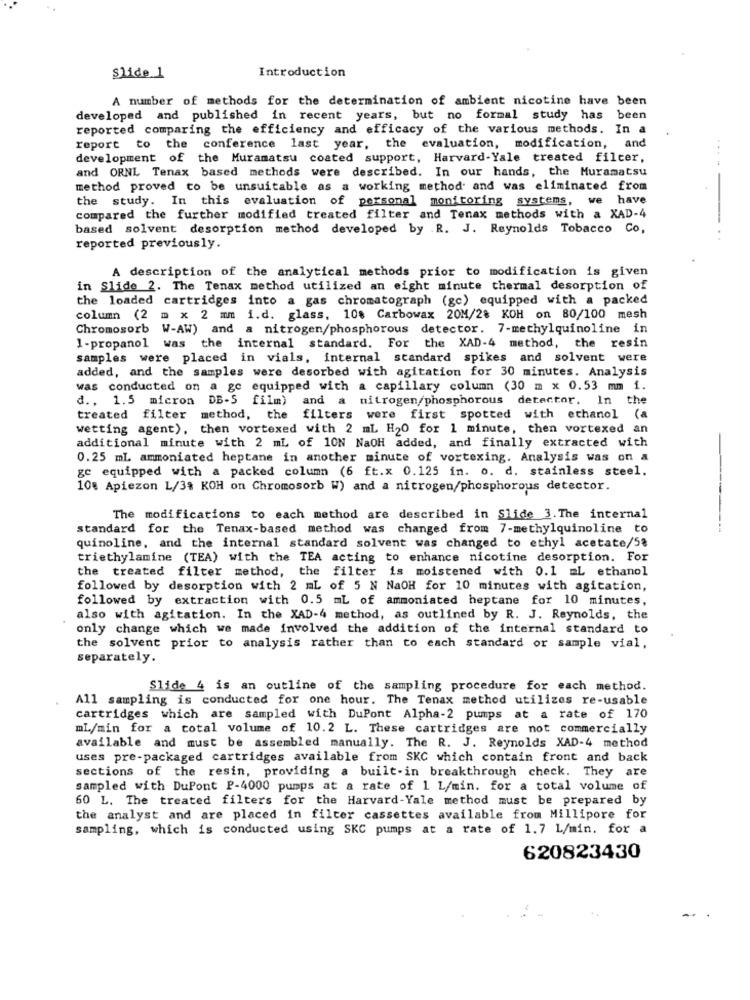
Introduction
Slide 1
A number of methods for the determination of ambient nicotine have been
developed and published in recent years, but no formal study has been
reported comparing the efficiency and efficacy of the various methods. In a
report to the conference last year, the evaluation, modification, a
and
development of the Muramatsu coated support, Harvard-Yale treated filter,
and ORNL Tenax based methods were described. In our hands, the Muramatsu
method proved to be unsuitable as a working method and was eliminated from
the study. In this evaluation of personal monitoring systems, we have
compared the further modified treated filter and Tenax methods with a XAD-4
based solvent desorption method developed by .R. J. Reynolds Tobacco Co,
reported previously.
A description of the analytical methods prior to modification is given
in Slide 2. The Tenax method utilized an eight minute thermal desorption of
the loaded cartridges into a gas chromatograph (gc) equipped with a packed
column (2 m x 2 mm i.d. glass, 10% Carbowax 20M/28 KOH on 80/100 mesh
Chromosorb W-AW) and a nitrogen/phosphorous detector. 7-methylquinoline in
1-propanol was the internal standard. For the XAD-4 method, the resin
samples were placed in vials, internal standard spikes and solvent were
added, and the samples were desorbed with agitation for 30 minutes. Analysis
was conducted on a ge equipped with a capillary column (30 m x 0.53 mm 1.
d ., 1.5 micron DB-S film) and a nitrogen/phosphorous detector. In the
treated filter method, the filters were first spotted with ethanol (a
wetting agent), then vortexed with 2 mL H20 for 1 minute, then vortexed an
additional minute with 2 mL of 10N NaOH added, and finally extracted with
0.25 mL ammoniated heptane in another minute of vortexing. Analysis was on a
ge equipped with a packed column (6 ft.x 0.125 in. o. d. stainless steel.
10% Apiezon L/3% KOH on Chromosorb W) and a nitrogen/phosphorous detector.
The modifications to each method are described in Slide 3. The internal
standard for the Tenax-based method was changed from 7-methylquinoline to
-----
quinoline, and the internal standard solvent was changed to ethyl acetate/58
triethylamine (TEA) with the TEA acting to enhance nicotine desorption. For
the treated filter method, the filter is moistened with 0.1 mL ethanol
followed by desorption with 2 mL of 5 N NaOH for 10 minutes with agitation,
followed by extraction with 0.5 ml of ammoniated heptane for 10 minutes,
also with agitation. In the XAD-4 method, as outlined by R. J. Reynolds, the
only change which we made involved the addition of the internal standard to
the solvent prior to analysis rather than to each standard or sample vial,
separately.
Slide 4 is an outline of the sampling procedure for each method.
All sampling is conducted for one hour. The Tenax method utilizes re-usable
cartridges which are sampled with DuPont Alpha-2 pumps at a rate of 170
mL/min for a total volume of 10.2 L. These cartridges are not commercially
available and must be assembled manually. The R. J. Reynolds XAD-4 method
uses pre-packaged cartridges available from SKC which contain front and back
sections of the resin, providing a built-in breakthrough check. They are
sampled with DuPont P-4000 pumps at a rate of 1 L/min. for a total volume of
60 L. The treated filters for the Harvard-Yale method must be prepared by
the analyst and are placed in filter cassettes available from Millipore for
sampling, which is conducted using SKC pumps at a rate of 1.7 L/min. for a
620823430